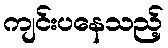
ကျင်းပနေသည့်